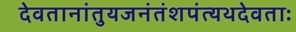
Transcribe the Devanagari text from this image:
देवतानांतुयजनंतंशपंत्यथदेवताः